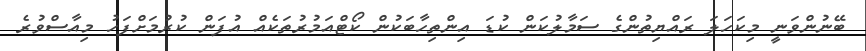
ބޭނުންވަނީ މިކަހަލަ ރައްޔިތުންގެ ސަމާލުކަން ކުޑަ އިންތިހާބަކުން ކޯޓްއަމުރުތަކެއް އުފަން ކުރުމަށްފަހު މިއާސްވުރެ